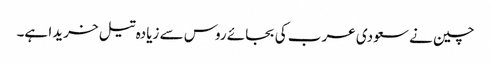
چین نے سعودی عرب کی بجائے روس سے زیادہ تیل خریدا ہے۔